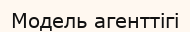
Модель агенттігі